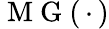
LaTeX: \mathrm{~M~G~}(\, \cdot\, )